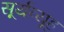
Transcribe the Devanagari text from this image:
सूर्यव्यूह